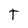
Character: T